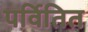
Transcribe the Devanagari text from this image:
पर्वितित